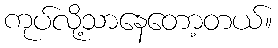
ကုပ်လို့သာနေတော့တယ်။